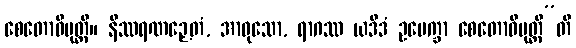
စေတောဝိမုတ္တိ။ နိဿရဏဉှေတံ, အာဝုသော, ရာဂဿ ယဒိဒံ ဥပေက္ခာ စေတောဝိမုတ္တီ”တိ